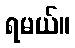
ရမယ်။